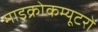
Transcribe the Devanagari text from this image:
माइक्रोकम्यूटरों